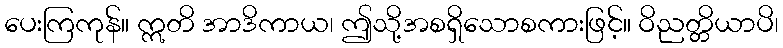
ပေးကြကုန်။ ဣတိ အာဒိကာယ၊ ဤသို့အစရှိသောစကားဖြင့်။ ဝိညတ္တိယာပိ၊